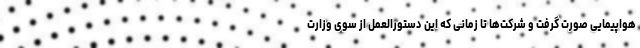
هواپیمایی صورت گرفت و شرکت‌ها تا زمانی که این دستورالعمل از سوی وزارت